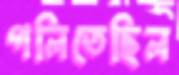
গলিতেছিল